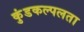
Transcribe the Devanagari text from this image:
कुंडकल्पलता